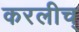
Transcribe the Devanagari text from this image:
करलीच्